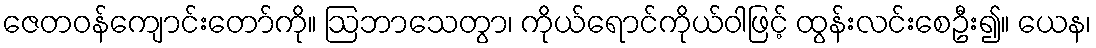
ဇေတဝန်ကျောင်းတော်ကို။ ဩဘာသေတွာ၊ ကိုယ်ရောင်ကိုယ်ဝါဖြင့် ထွန်းလင်းစေဦး၍။ ယေန၊